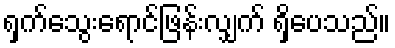
ရှက်သွေးရောင်ဖြန်းလျှက် ရှိပေသည်။